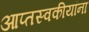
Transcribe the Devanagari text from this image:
आप्तस्वकीयांना